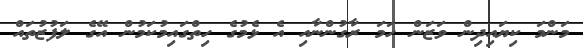
މަންމަ ކިޔައިދިން ވަޒަން ހަމަ ރާގުންނާއި އެ ޅެމުގެ ހިތްގައިމުކަމުން އޭގެ ލަފުޒުތައް